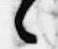
々